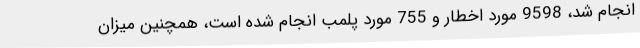
انجام شد، 9598 مورد اخطار و 755 مورد پلمب انجام شده است، همچنین میزان